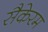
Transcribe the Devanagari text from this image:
सैकेरम